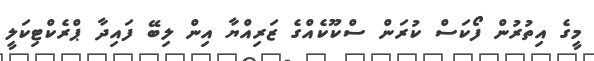
މީގެ އިތުރުން ފޯކަސް ކުރަން ސްކޫކެއްގެ ޒަރިއްޔާ އިން ލިބޭ ފައިދާ ޕްރެކްޓިކަލީ